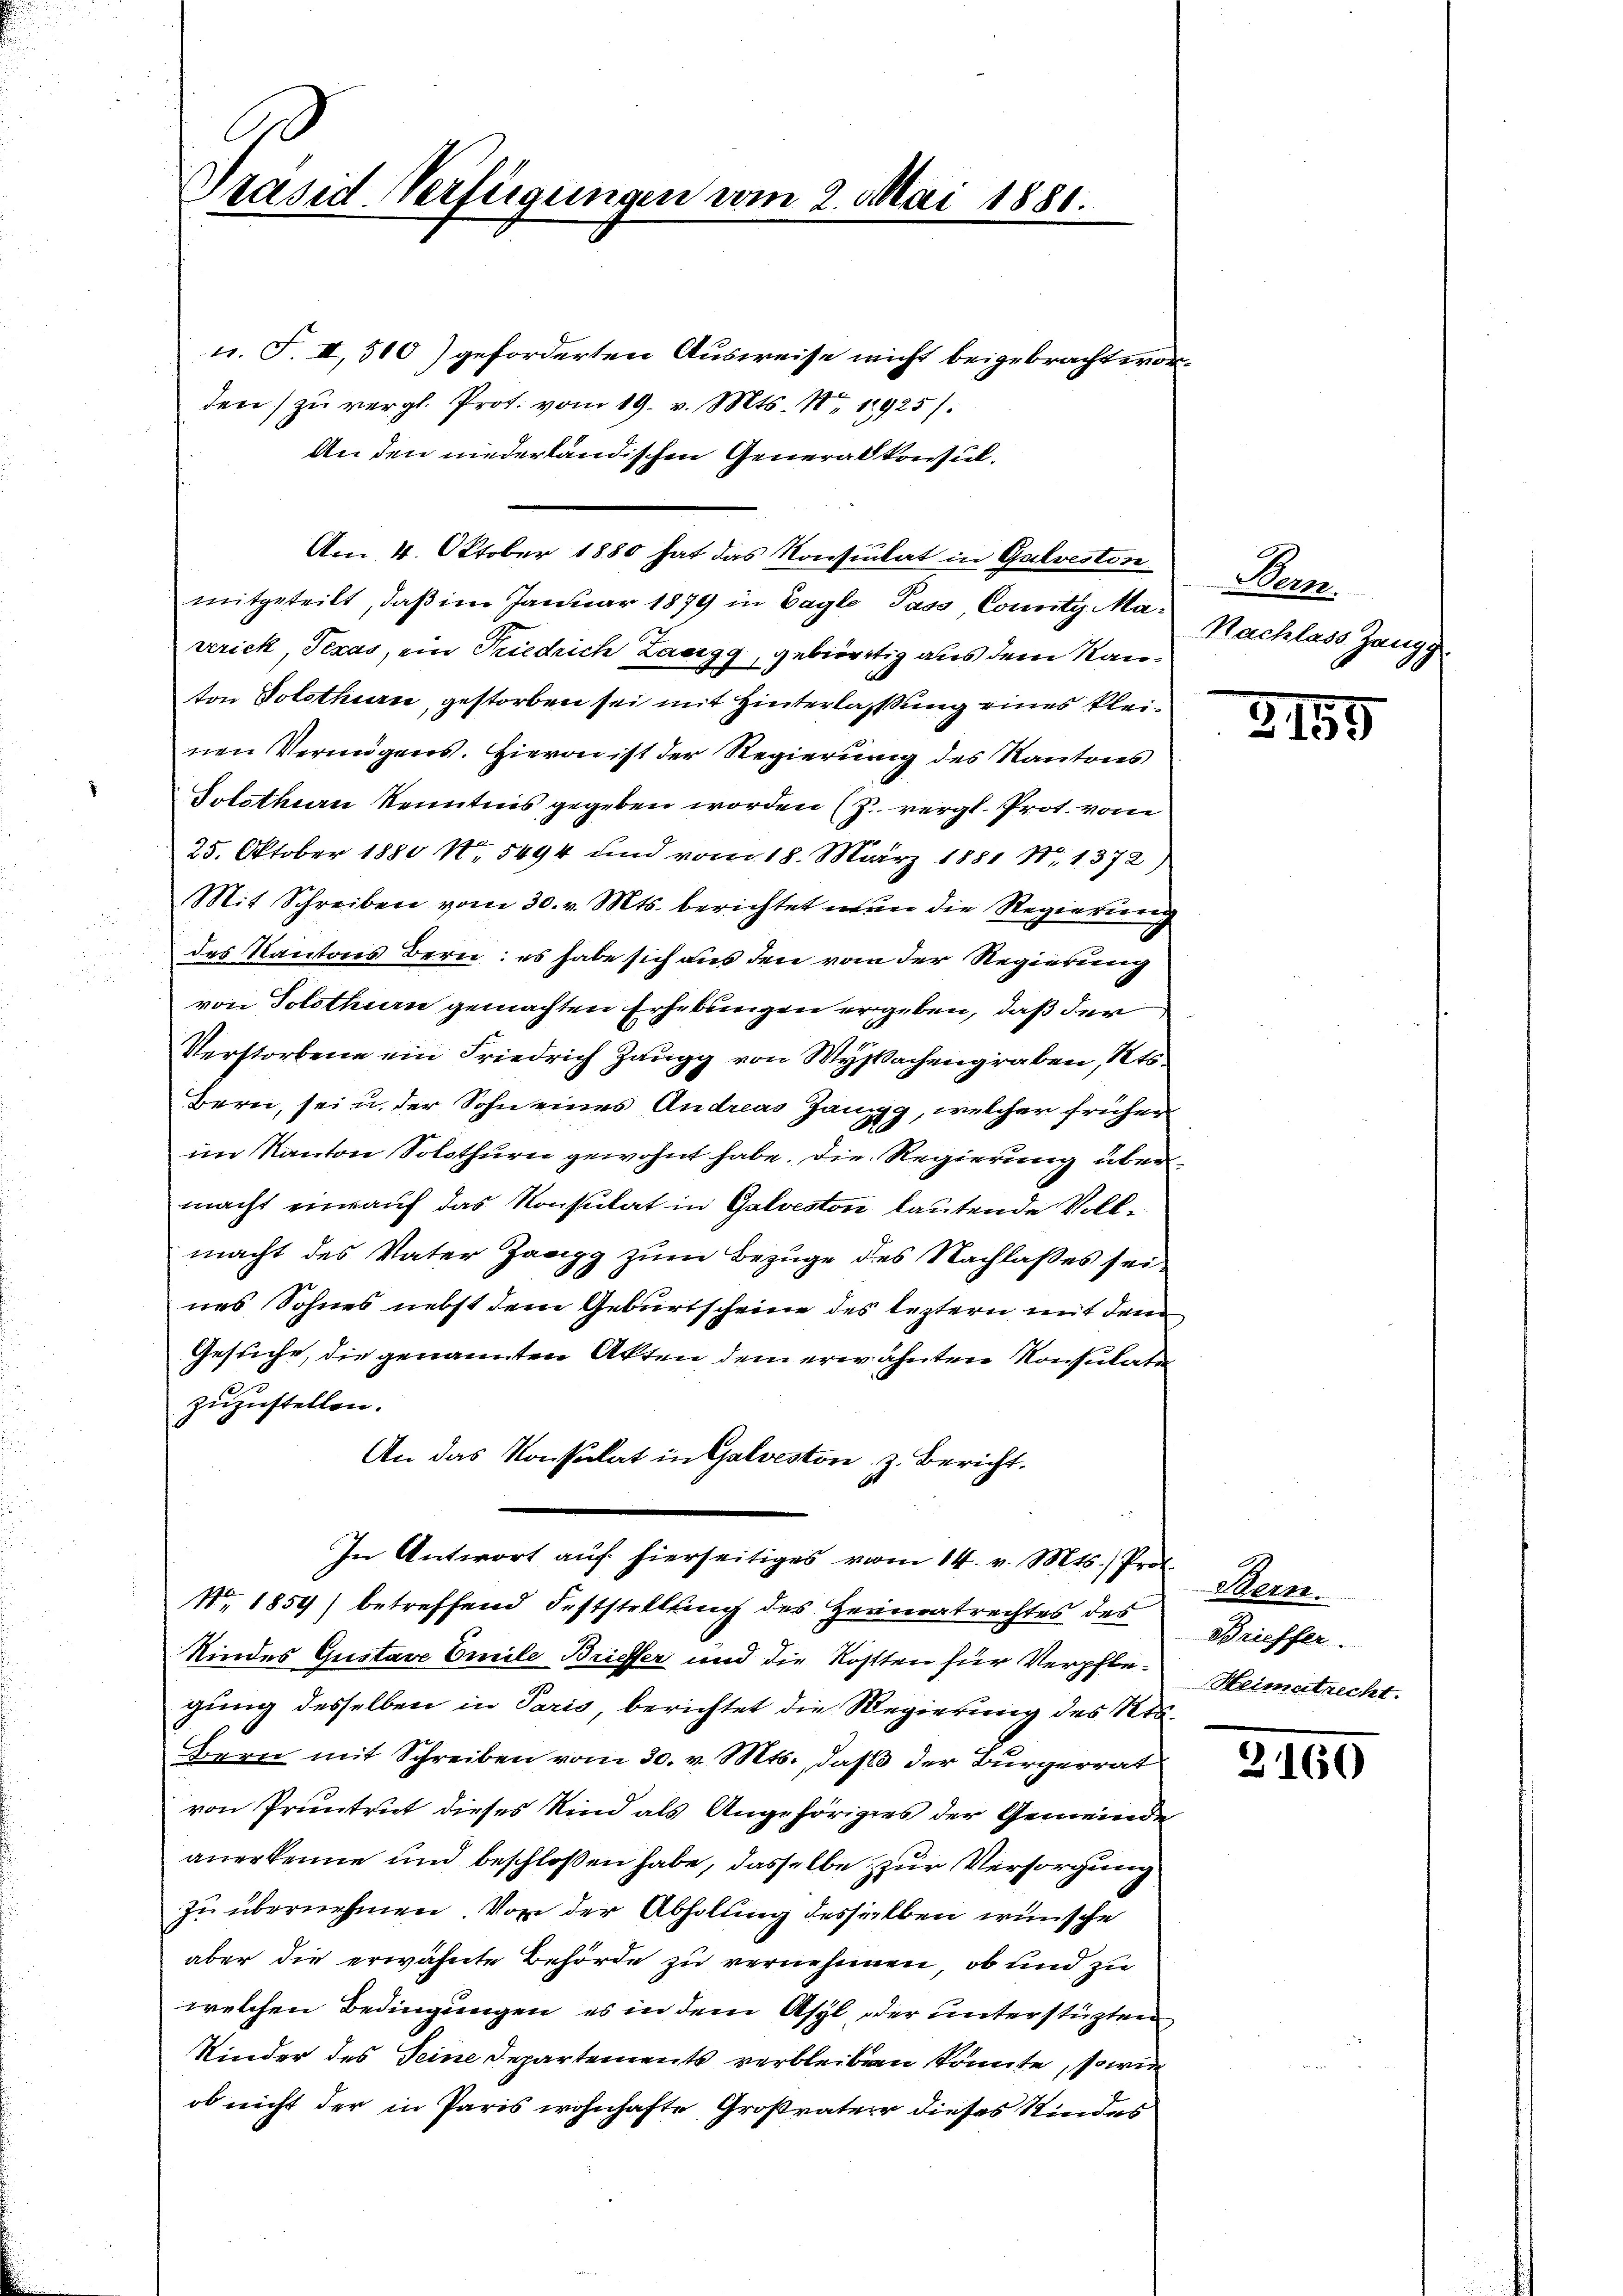
Präsid-Verfügungen vom 2. Mai 1881.

u. F. II, 500) geforderten Ausweise nicht beigebracht worden) zu vergl. Prot. vom 19. v. Mts. Nr. 11925):
An den niederländischen Generalkonsul¬
Am 4. Oktober 1880 hat das Konsulat in Galveston
mitgeteilt, daß im Januar 1879 in Tagle Pass County Maverick, Texas, ein Triedrich Lanigg, gebürtig aus dem Rauton Solothurn, gestorben sei mit Hinterlassung eines kleinen Vermögens. Hievon ist der Regierung des Kantons
Solothurn Kenntnis gegeben worden (z. vergl. Prot. vom
25. Oktober 1880 No 5494 und vom 18. März 1881 Nr. 1372)
Mit Schreiben vom 30. v. Mts. berichtet nun die Regierung
des Kantons Bern: es habe sich aus den vom der Regierung
von Solothurn gemachten Erhebungen ergeben, daß der
Verstorbene ein Friedrich Zaugg von Wyssachengraben, Kts.
Bern, sei u. der Sohn eines Andreas Gang, welcher früher
im Kanton Solothurn gewohnt habe. Die Regierung übermacht einauf das Konsulat in Galveston lautende Vollmacht des Vater Zangg zum Bezuge des Nachlaßes sei
nes Sohnes nebst dem Geburtscheine des leztern mit dem
Gesuche, die genannten Akten dem erwähnten Konsulate
au
zuzustellen.
An das Konsulat in Galveston, z. Bericht.
In Antwort auf hierseitiges vom 14. v. Mts.) Prof.
N. 1859) betreffend Feststellung des Heimatrechtes des
Kindes Gustave Emile Brieffer und die Kosten für Verpflegung desselben in Paris, berichtet die Regierung des Res¬
Bern mit Schreiben vom 30. v. Mts., daß der Bürgerrat
von Pruntrut dieses Kind als Angehöriges der Gemeinde
anerkenne und beschloßen habe, dasselbe zur Versorgung
zu übernehmen. Von der Abholung desselben wünsche
aber die erwähnte Behörde zu vernehmen, ob und zu
welchen Bedingungen, es in dem Asyl oder unterstüzten
Kinder des Seine Departements verbleiben könnte, sowie
ob nicht der in Paris wohnhafte Großvater dieses Kindes

Bern.
Nachlass Zangg

3159

Bern
Brieffer
Heimatrecht.

3160